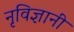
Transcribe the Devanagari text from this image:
नृविज्ञानी